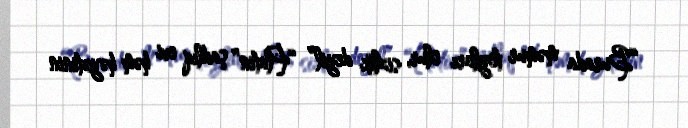
“Burada məmur toyları olur, sizlik deyil” “Platin” şadlıq evi həm həyətinin